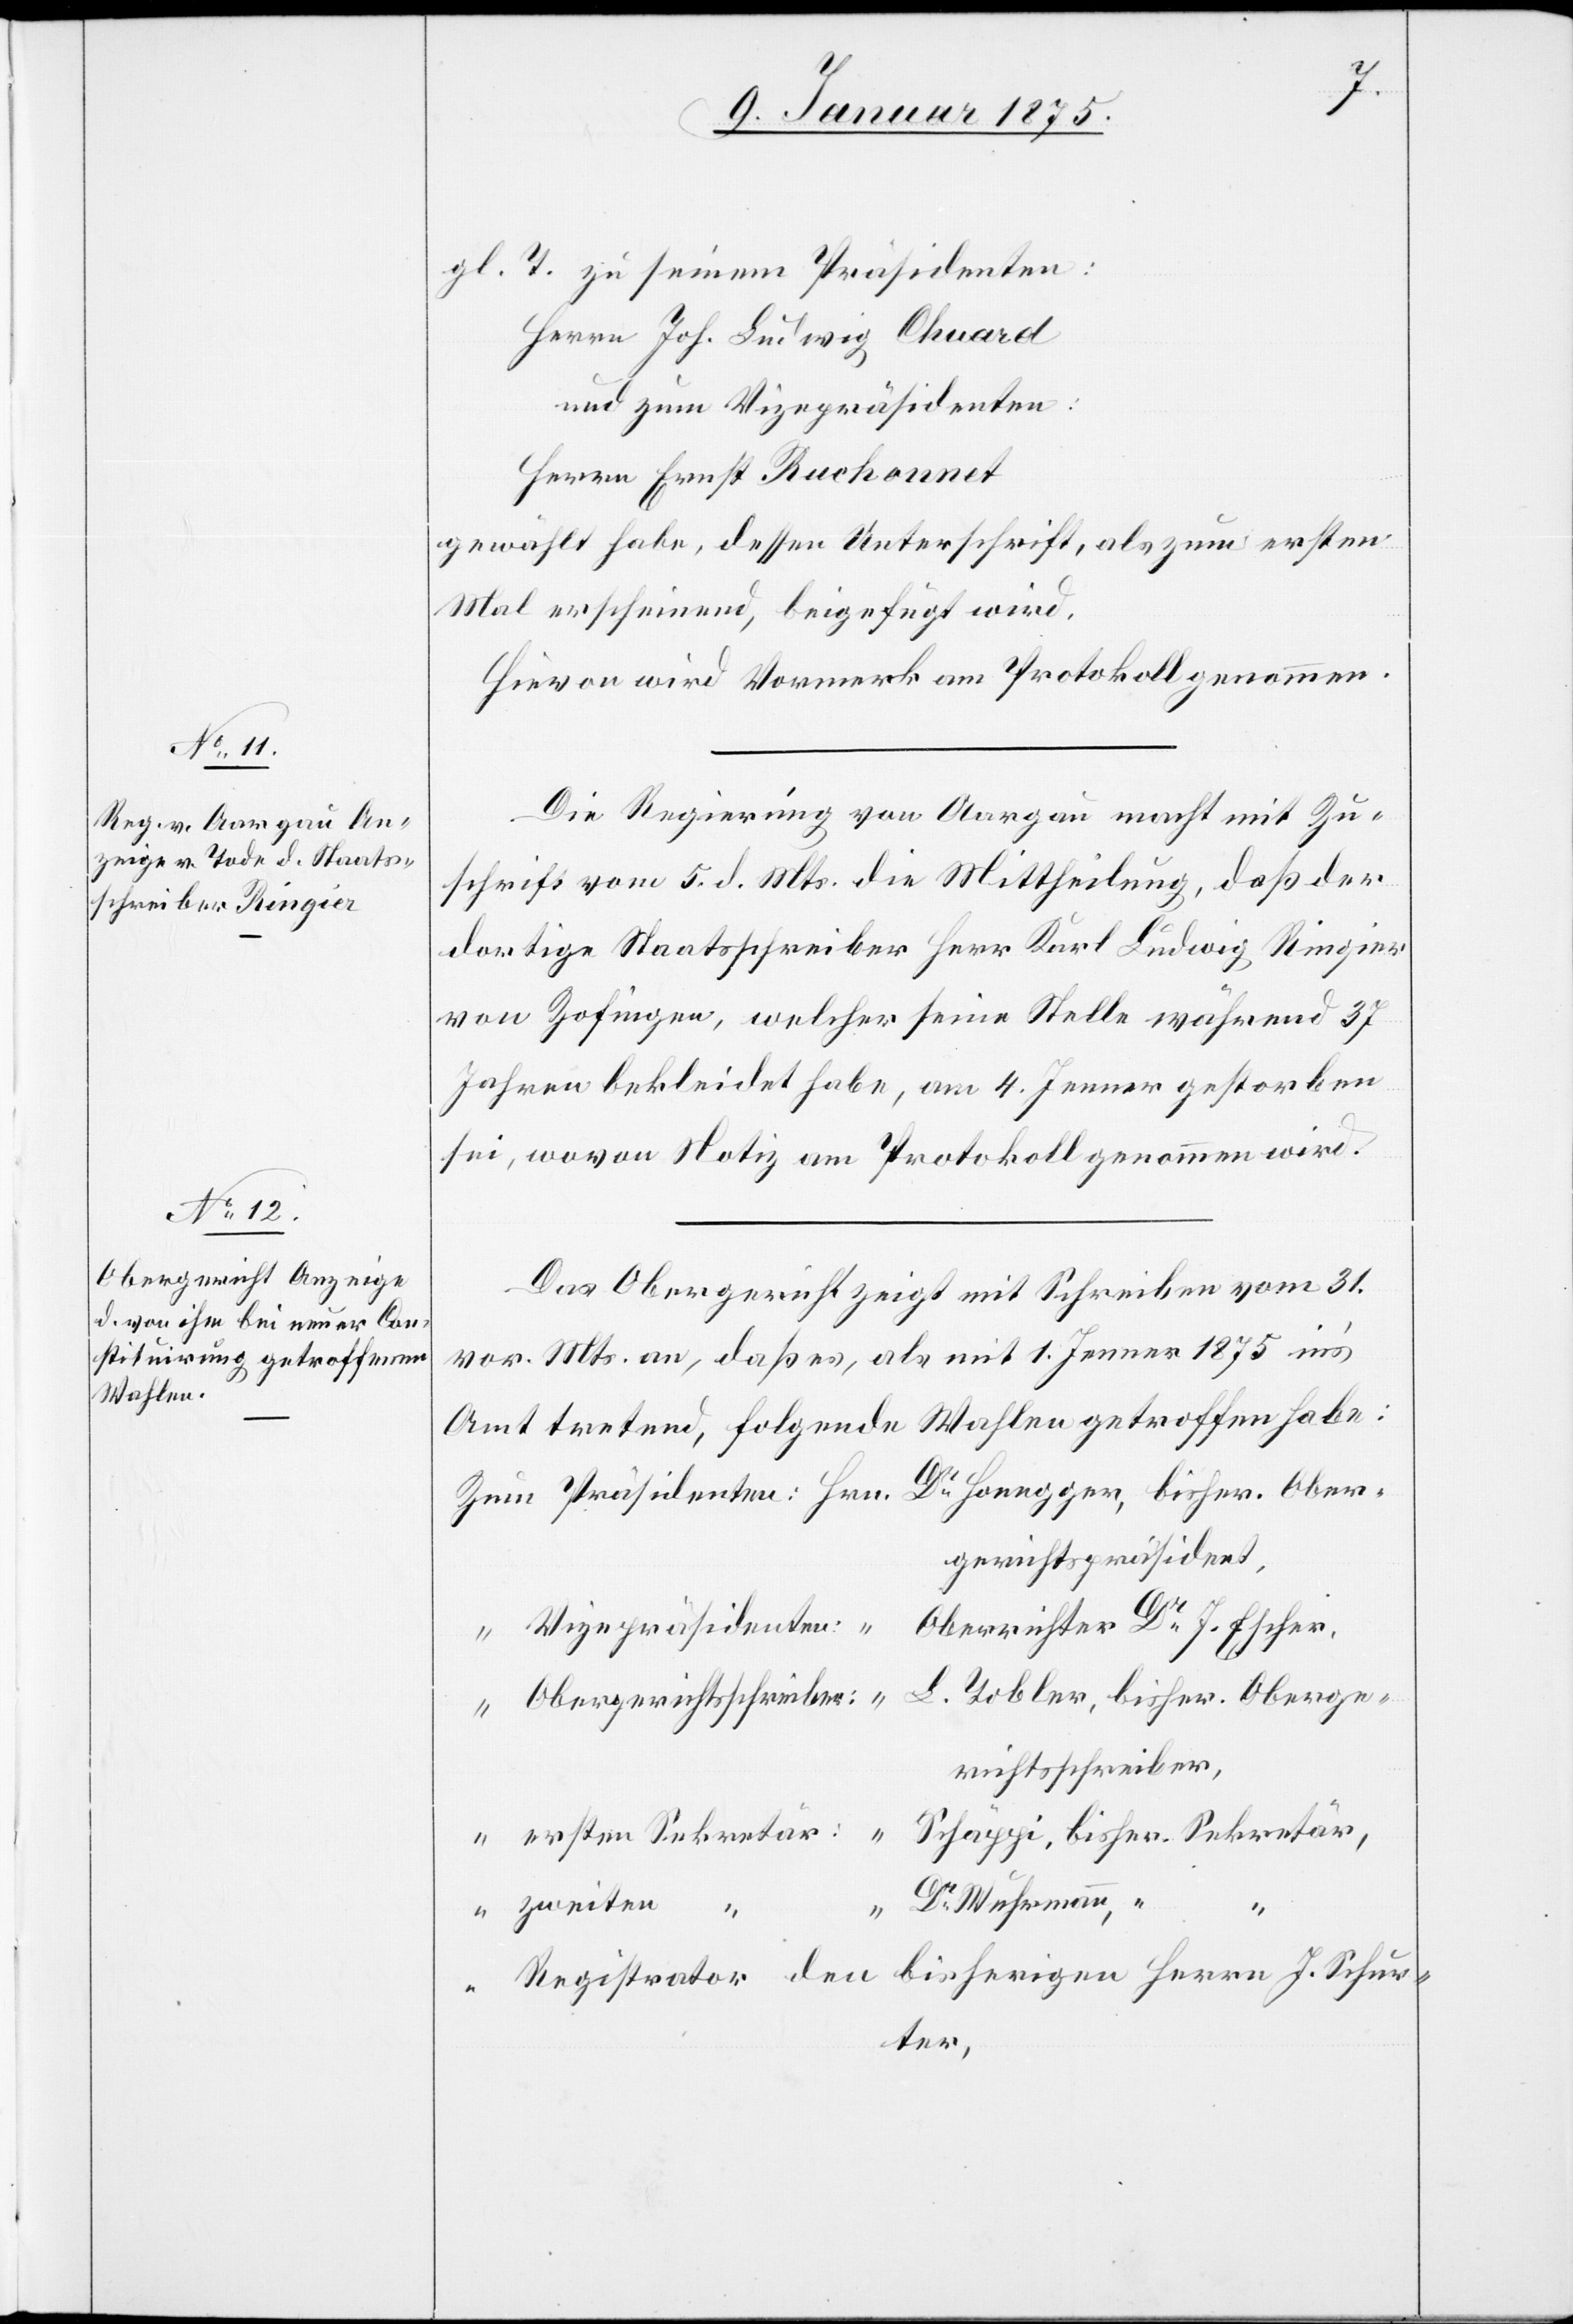
gl. T. zu seinem Präsidenten:
Herrn Joh. Ludwig Chuard
und zum Vizepräsidenten:
Herrn Ernst Ruchonnet
gewählt habe, dessen Unterschrift, als zum ersten
Mal erscheinend, beigefügt wird.
Hievon wird Vormerk am Protokoll genommen.
Die Regierung von Aargau macht mit Zu¬
schrift vom 5. d. Mts. die Mittheilung, daß der
dortige Staatsschreiber Herr Kurt Ludwig Ringier
von Zofingen, welcher seine Stelle während 37
Jahren bekleidet habe, am 4. Jenner gestorben
sei, wovon Notiz am Protokoll genommen wird.
Das Obergericht zeigt mit Schreiben vom 31.
vor. Mts. an, daß es, als mit 1. Jenner 1875 in’s
Amt tretend, folgende Wahlen getroffen habe:
gerichtspräsident,
Vizepräsidenten:
Oberrichter Dr J. Escher,
L. Tobler, bisher. Oberge¬
Obergerichtsschreiber:
richtsschreiber,
Schäppi, bisher. Sekretär,
ersten Sekretär:
Dr Wuhrmann,
zweiten “
“
Registrator den bisherigen Herrn J. Schur¬
ter,